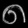
Digit: ၈